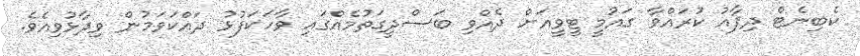
ކެބިނެޓް ދިފާއު ކުރައްވާ ގައުމީ ޓީވީއަށް ދެއްވި ބަސްދީގަތުމެއްގައި ވާހަކަފުޅު ދައްކަވަމުން ވިދާޅުވިއެވެ.